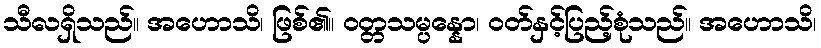
သီလရှိသည်။ အဟောသိ၊ ဖြစ်၏။ ဝတ္တသမ္ပန္နော၊ ဝတ်နှင့်ပြည့်စုံသည်။ အဟောသိ၊